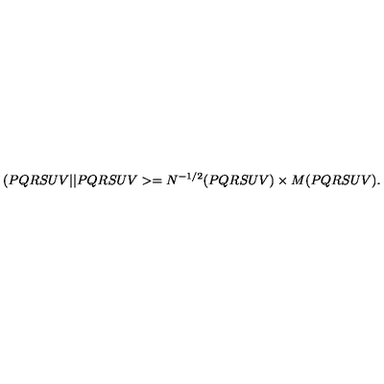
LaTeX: ( P Q R S U V \vert \vert P Q R S U V > = N ^ { - 1 / 2 } ( P Q R S U V ) \times M ( P Q R S U V ) .